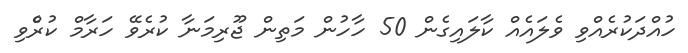
ހުއްދަކުރެއްވި ވެލައެއް ކާލައިގެން 50 ހާހުން މަތިން ޖޫރިމަނާ ކުރެވޭ ހަރާމް ކުރެްވި